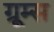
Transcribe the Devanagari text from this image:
ग्रूम्स